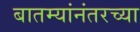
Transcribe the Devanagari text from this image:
बातम्यांनंतरच्या